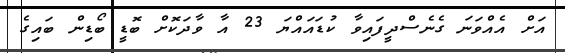
އަށް އެއްވަނަ ގެނެސްދީފައިވާ ކުޑައައްޔަ 23 އާ ވާދަކޮށް ބޮޑީ ބޯޑިން ބައިގެ